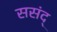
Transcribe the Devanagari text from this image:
ससंद्